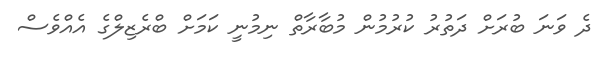
ދެ ވަނަ ބުރަށް ދަތުރު ކުރުމުން މުބާރާތް ނިމުނީ ކަމަށް ބްރެޒިލްގެ އެއްވެސް